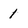
Character: 1